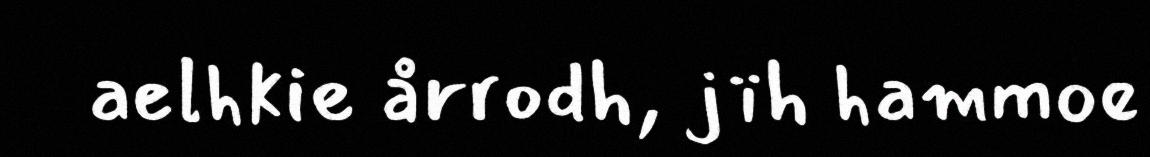
aelhkie årrodh, jïh hammoe